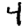
Digit: 4